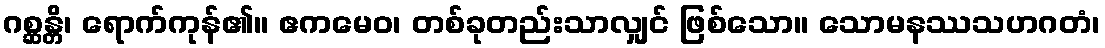
ဂစ္ဆန္တိ၊ ရောက်ကုန်၏။ ဧကမေဝ၊ တစ်ခုတည်းသာလျှင် ဖြစ်သော။ သောမနဿသဟဂတံ၊